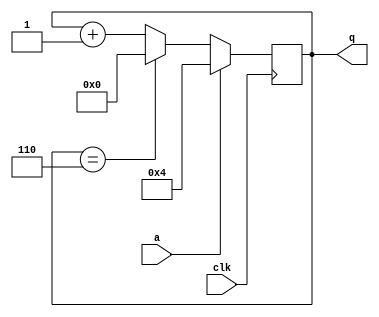
module top_module (
    input clk,
    input a,
    output reg [3:0] q );
    
    always @(posedge clk) begin
        if(a)
            q<= 4'b0100;
        else if(q==4'b0110)
            q<= 4'b0000;
        else
            q<= q+1'b0001;
    end

endmodule